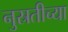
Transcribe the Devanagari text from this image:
नुस्रतीच्या